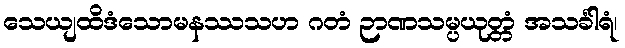
သေယျထိဒံသောမနဿသဟ ဂတံ ဉာဏသမ္ပယုတ္တံ အသင်္ခါရံ၊